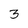
Character: 3